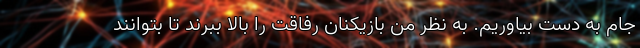
جام به دست بیاوریم. به نظر من بازیکنان رفاقت را بالا ببرند تا بتوانند